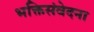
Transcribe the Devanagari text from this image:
भक्तिसंवेदना